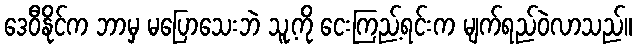
ဒေဝီနိုင်က ဘာမှ မပြောသေးဘဲ သူ့ကို ငေးကြည့်ရင်းက မျက်ရည်ဝဲလာသည်။